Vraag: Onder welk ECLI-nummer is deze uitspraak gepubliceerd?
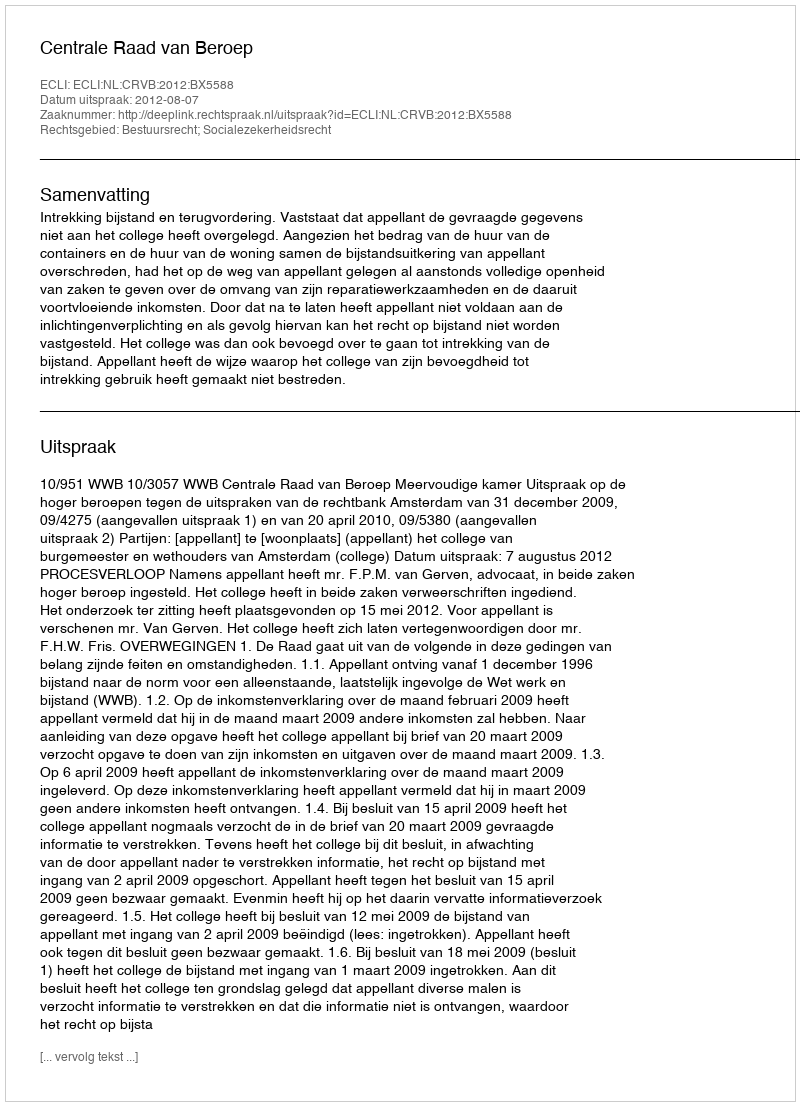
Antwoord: ECLI:NL:CRVB:2012:BX5588